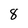
Character: 8